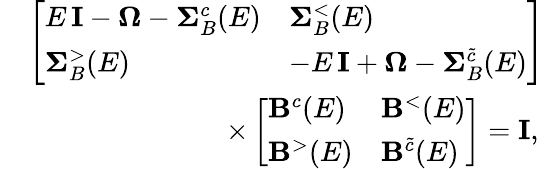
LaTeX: \begin{array}{rl}&{\left[\begin{array}{ll}{E\, \mathbf{I}-\mathbf{\Omega}-\mathbf{\Sigma}_{B}^{c}(E)}&{\mathbf{\Sigma}_{B}^{<}(E)}\\ {\mathbf{\Sigma}_{B}^{>}(E)}&{-E\, \mathbf{I}+\mathbf{\Omega}-\mathbf{\Sigma}_{B}^{\tilde{c}}(E)}\end{array}\right]}\\ &{\qquad\qquad\qquad\quad\times\left[\begin{array}{ll}{\mathbf{B}^{c}(E)}&{\mathbf{B}^{<}(E)}\\ {\mathbf{B}^{>}(E)}&{\mathbf{B}^{\tilde{c}}(E)}\end{array}\right]=\mathbf{I},}\end{array}